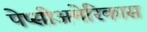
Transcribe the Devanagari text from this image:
पेप्सीअमेरिकास